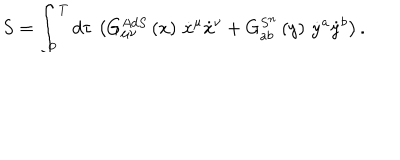
S = \int _ { 0 } ^ { T } d \tau \, \left( G _ { \mu \nu } ^ { A d S } \left( x \right) \, \dot { x } ^ { \mu } \dot { x } ^ { \nu } + G _ { a b } ^ { S ^ { n } } \left( y \right) \, \dot { y } ^ { a } \dot { y } ^ { b } \right) .